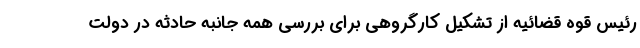
رئیس قوه قضائیه از تشکیل کارگروهی برای بررسی همه جانبه حادثه در دولت